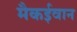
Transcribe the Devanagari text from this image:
मैकईवान